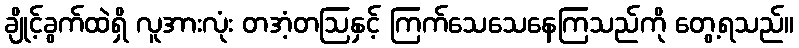
ချိုင့်ခွက်ထဲရှိ လူအားလုံး တအံ့တဩနှင့် ကြက်သေသေနေကြသည်ကို တွေ့ရသည်။